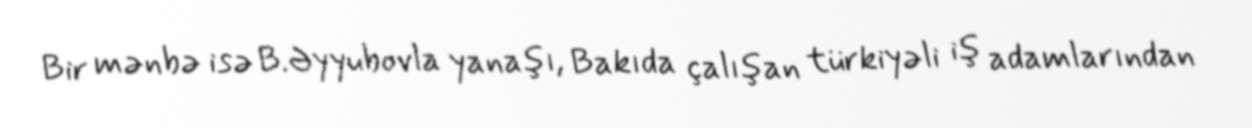
Bir mənbə isə B.Əyyubovla yanaşı, Bakıda çalışan türkiyəli iş adamlarından